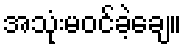
အသုံးမဝင်ခဲ့ချေ။